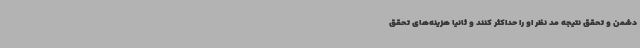
دشمن و تحقق نتیجه مد نظر او را حداکثر کنند و ثانیاً هزینه‌های تحقق